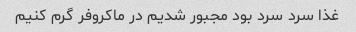
غذا سرد سرد بود مجبور شدیم در ماکروفر گرم کنیم